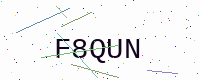
Text: F8QUN